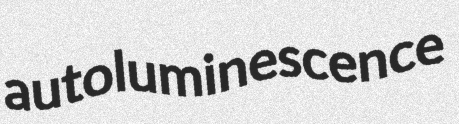
autoluminescence